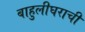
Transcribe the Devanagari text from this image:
बाहुलीघराची